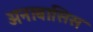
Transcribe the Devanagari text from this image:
अनाबासिस